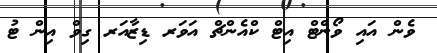
ވެން އައި ވޯންޓް އިޓް ކްއެންޗް އަވަރ ޑިޒާއަރ ގިވް އިން ޓު